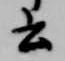
云